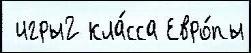
 игры2 кла́сса Евро́пы